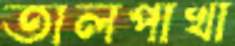
তালপাখা